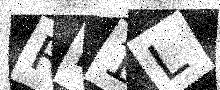
Text: RD1L